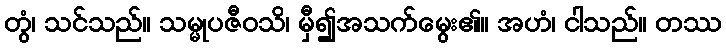
တွံ၊ သင်သည်။ သမ္မုပဇီဝသိ၊ မှီ၍အသက်မွေး၏။ အဟံ၊ ငါသည်။ တဿ